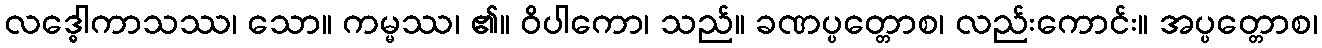
လဒ္ဓေါကာသဿ၊ သော။ ကမ္မဿ၊ ၏။ ဝိပါကော၊ သည်။ ခဏပ္ပတ္တောစ၊ လည်းကောင်း။ အပ္ပတ္တောစ၊